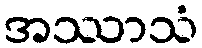
အဿာသံ